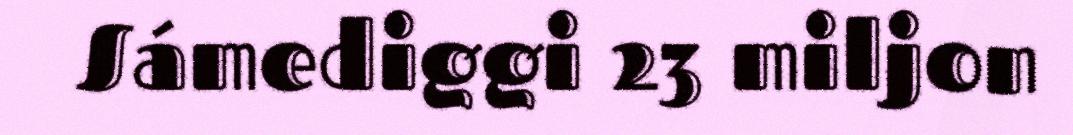
Sámediggi 23 miljon